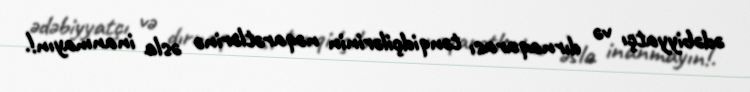
ədəbiyyatçı və dırnaqarası tənqidçilərinin nəqarətlərinə əsla inanmayın!.